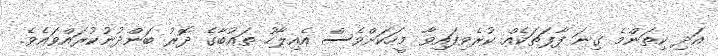
އަދި ކިތަންމެ ގިނަ ފާފަތަކެއް ކުރެވިފައިވާ މީހަކަށްވެސް އެއިލާހު ތައުބާގެ ދޮރު ބަންދުނުކުރައްވައެވެ.